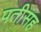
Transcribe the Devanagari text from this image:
पतीसह